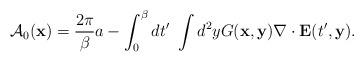
LaTeX: \begin{align*}{\cal A}_0({\bf x})=\frac{2\pi}{\beta} a -\int^\beta_0dt^{\prime}~ \int d^2y G({\bf x,y}){\bf \nabla}\cdot {\bf E}(t^{\prime},{\bf y}).\end{align*}